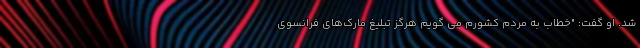
شد. او گفت: "خطاب به مردم کشورم می گویم هرگز تبلیغ مارک‌های فرانسوی